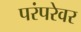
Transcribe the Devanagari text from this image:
परंपरेवर